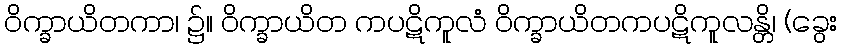
ဝိက္ခာယိတကာ၊ ၌။ ဝိက္ခာယိတ ကပဋိကူလံ ဝိက္ခာယိတကပဋိကူလန္တိ၊ (ခွေး